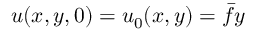
u ( x , y , 0 ) = u _ { 0 } ( x , y ) = \bar { f } y